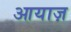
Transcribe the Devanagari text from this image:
आयाज़